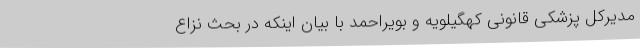
مدیرکل پزشکی قانونی کهگیلویه و بویراحمد با بیان اینکه در بحث نزاع